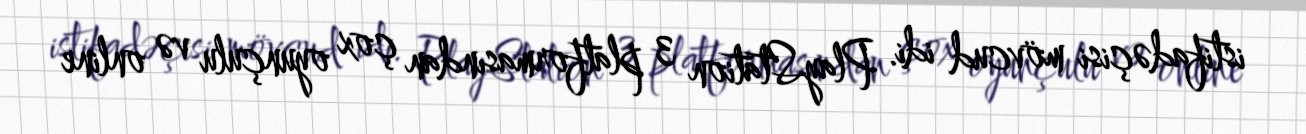
istifadəçisi mövcud idi. PlayStation 3 platformasından çox oyunçulu və online